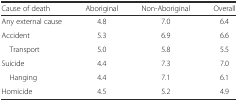
<table><thead><tr><td><b>Cause of death</b></td><td><b>Aboriginal</b></td><td><b>Non-Aboriginal</b></td><td><b>Overall</b></td></tr></thead><tbody><tr><td>Any external cause</td><td>4.8</td><td>7.0</td><td>6.4</td></tr><tr><td>Accident</td><td>5.3</td><td>6.9</td><td>6.6</td></tr><tr><td> Transport</td><td>5.0</td><td>5.8</td><td>5.5</td></tr><tr><td>Suicide</td><td>4.4</td><td>7.3</td><td>7.0</td></tr><tr><td> Hanging</td><td>4.4</td><td>7.1</td><td>6.1</td></tr><tr><td>Homicide</td><td>4.5</td><td>5.2</td><td>4.9</td></tr></tbody></table>